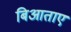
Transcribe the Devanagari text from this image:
बिआताए